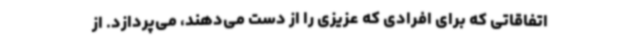
اتفاقاتی که برای افرادی که عزیزی را از دست می‌دهند، می‌پردازد. از